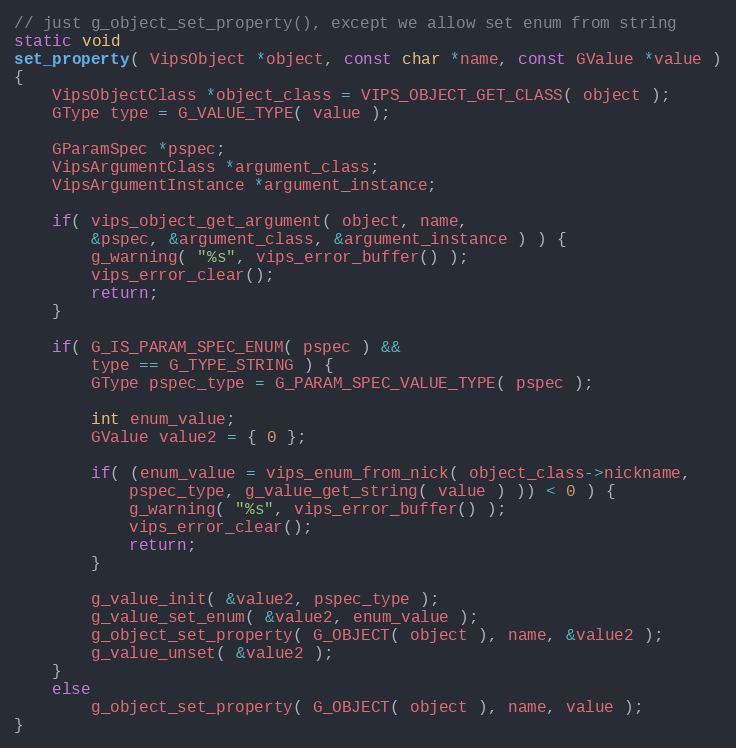
Language: C++
// just g_object_set_property(), except we allow set enum from string
static void
set_property( VipsObject *object, const char *name, const GValue *value )
{
	VipsObjectClass *object_class = VIPS_OBJECT_GET_CLASS( object );
	GType type = G_VALUE_TYPE( value );

	GParamSpec *pspec;
	VipsArgumentClass *argument_class;
	VipsArgumentInstance *argument_instance;

	if( vips_object_get_argument( object, name,
		&pspec, &argument_class, &argument_instance ) ) {
		g_warning( "%s", vips_error_buffer() );
		vips_error_clear();
		return;
	}

	if( G_IS_PARAM_SPEC_ENUM( pspec ) &&
		type == G_TYPE_STRING ) {
		GType pspec_type = G_PARAM_SPEC_VALUE_TYPE( pspec );

		int enum_value;
		GValue value2 = { 0 };

		if( (enum_value = vips_enum_from_nick( object_class->nickname,
			pspec_type, g_value_get_string( value ) )) < 0 ) {
			g_warning( "%s", vips_error_buffer() );
			vips_error_clear();
			return;
		}

		g_value_init( &value2, pspec_type );
		g_value_set_enum( &value2, enum_value );
		g_object_set_property( G_OBJECT( object ), name, &value2 );
		g_value_unset( &value2 );
	}
	else
		g_object_set_property( G_OBJECT( object ), name, value );
}